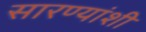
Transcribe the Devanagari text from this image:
सारण्यांशी